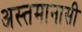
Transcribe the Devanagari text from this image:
अस्तमानासी